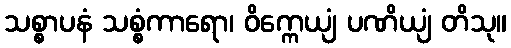
သစ္စာပနံ သစ္စံကာရော၊ ဝိက္ကေယျံ ပဏိယျံ တိသု။